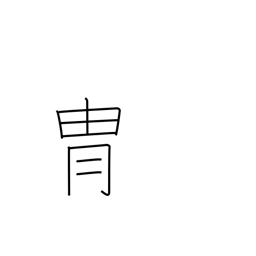
Meaning: helmet